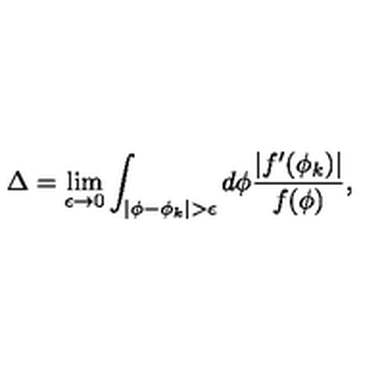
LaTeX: \Delta = \lim _ { \epsilon \rightarrow 0 } \int _ { | \phi - \phi _ { k } | > \epsilon } d \phi \frac { | f ^ { \prime } ( \phi _ { k } ) | } { f ( \phi ) } ,